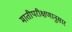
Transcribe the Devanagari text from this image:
मातीपरीक्षणानुसार